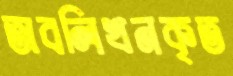
অবলিখনকৃত